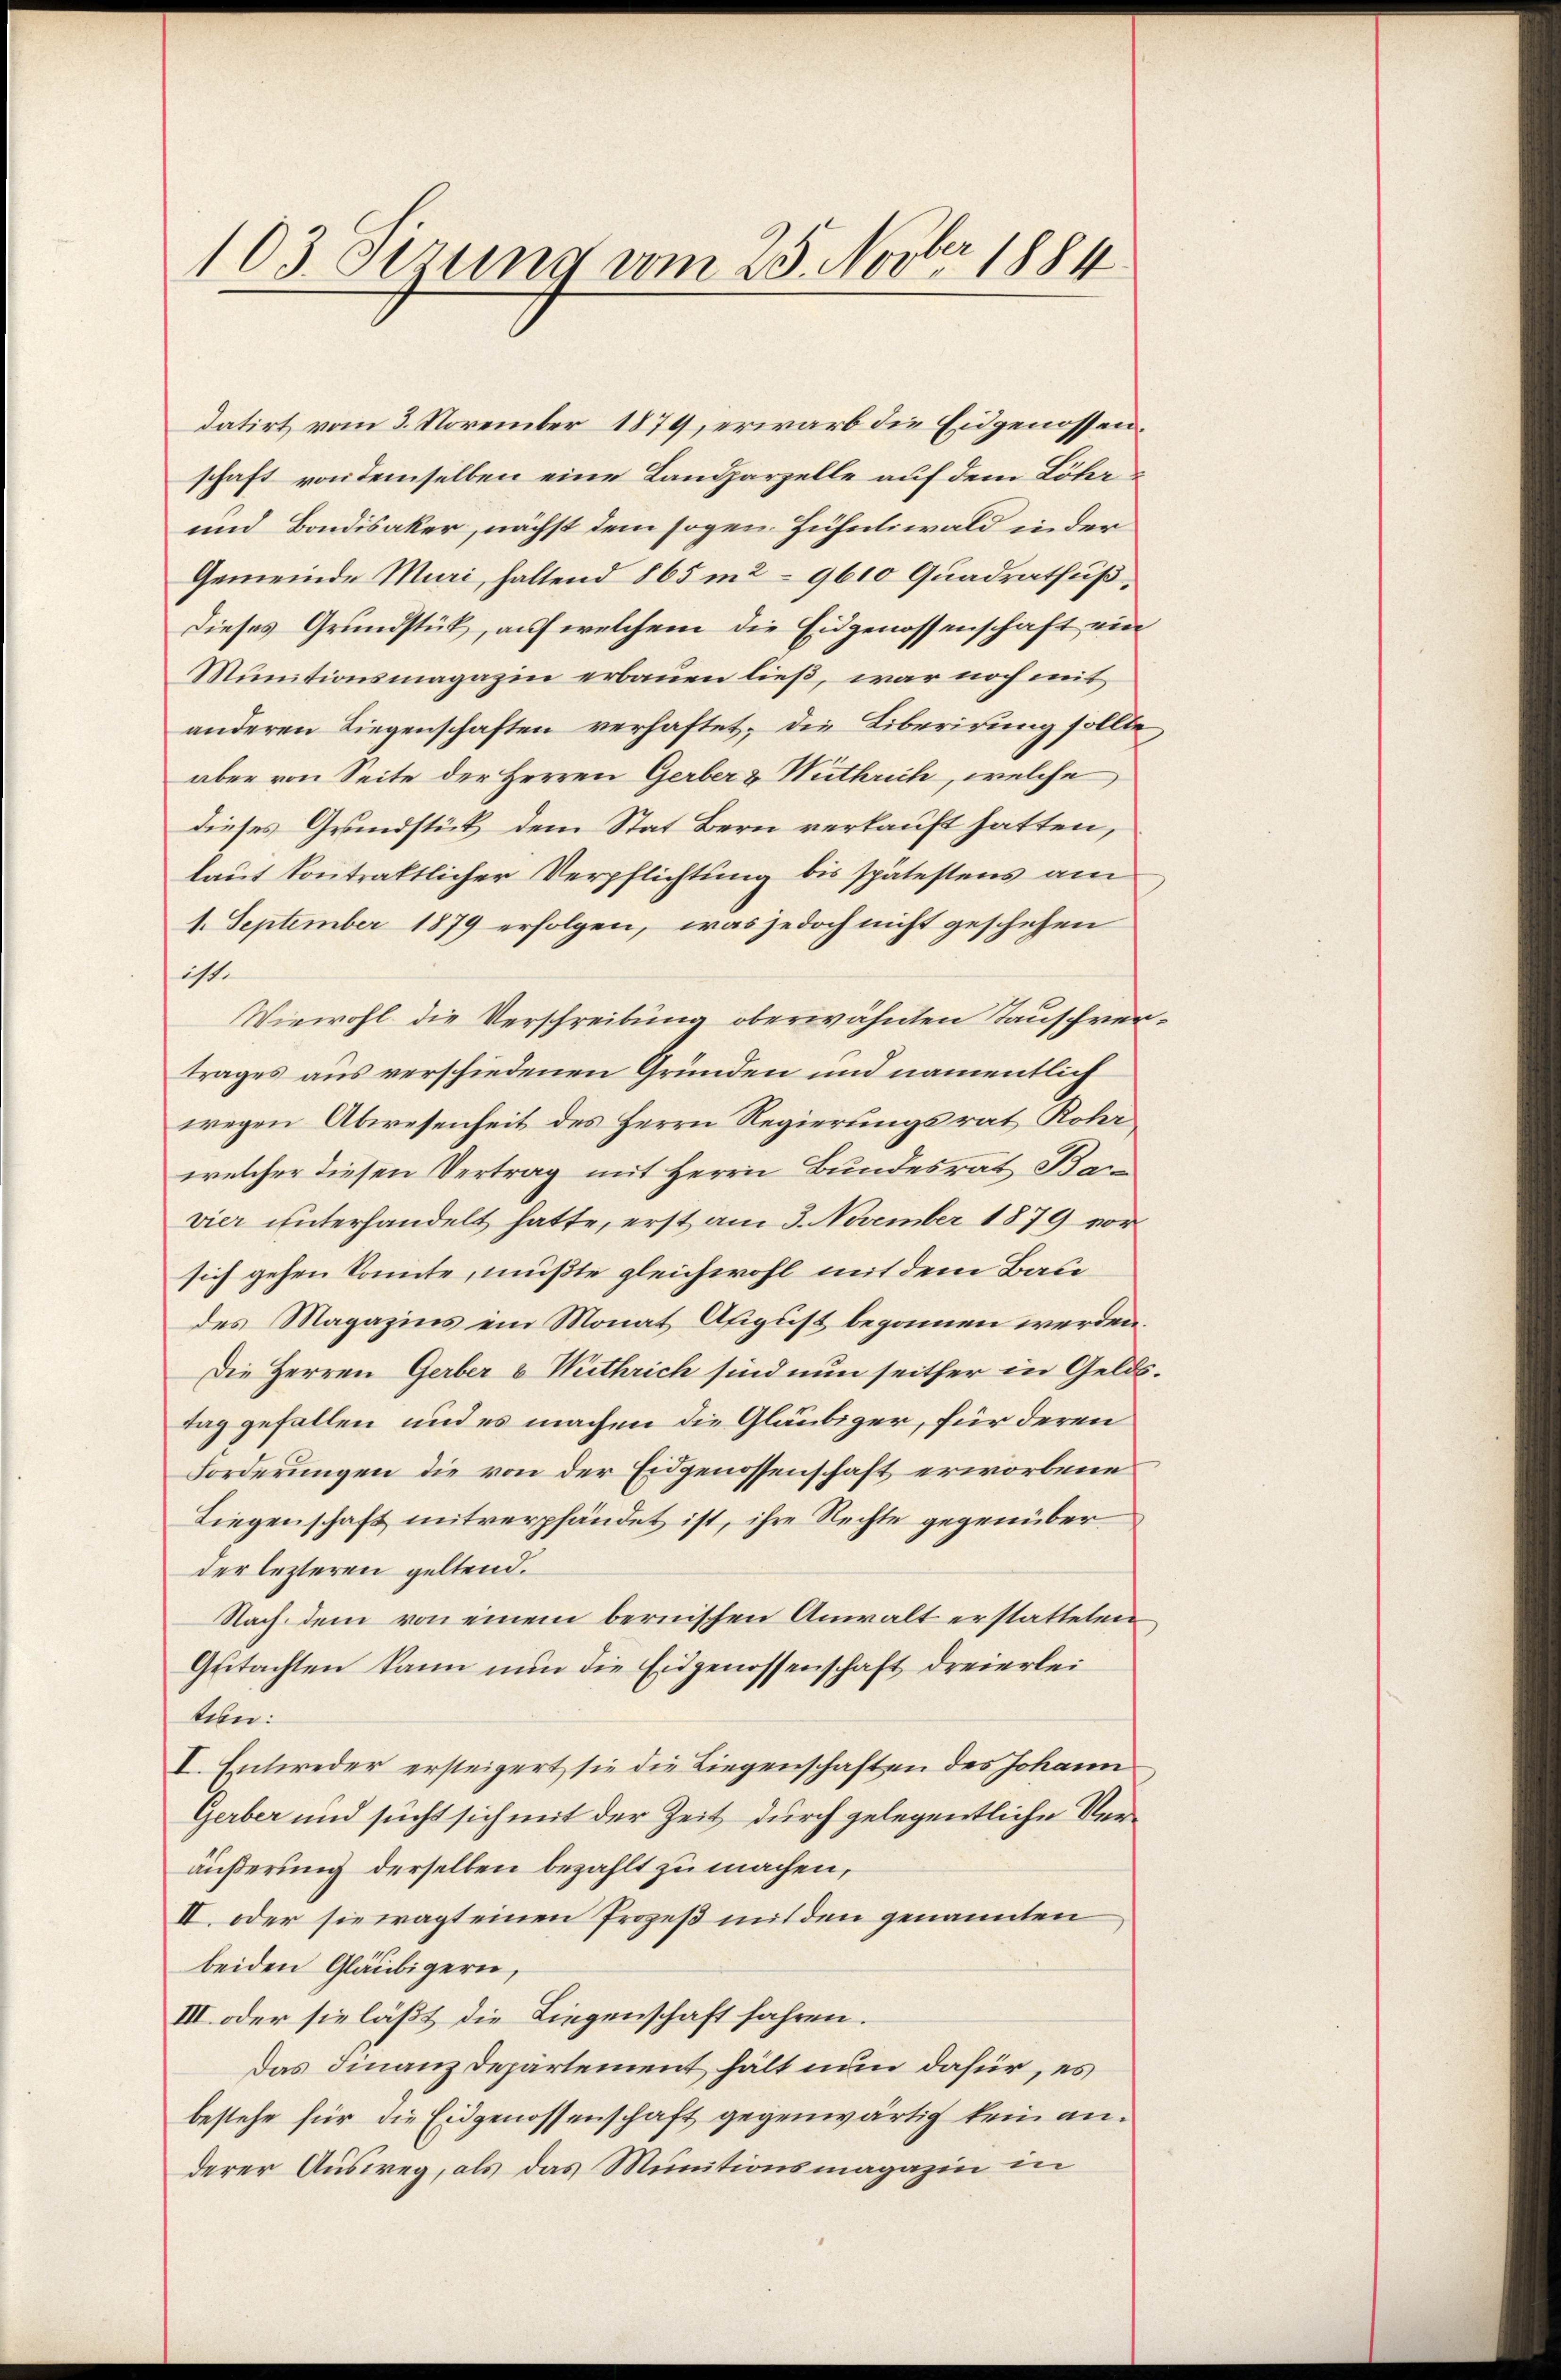
103. Stzung vom 25. Novbr. 1884.

datirt vom 3. November 1879, erwarb die Eidgenossenschaft von demselben eine Landparzelle auf dem Löber¬
und Bondisaker, nächst dem sogen Hühnliwald in der
Gemeinde Muri, haltend 865 m2–9610 Quadratfuß,
Dieses Grundstück, auf welchem die Eidgenossenschaft ein
Munitionsmagazin erbauen ließ, war noch mit
anderen Liegenschaften verhaftet; die Liberirung sollte
aber von Seite der Herren Gerber & Mithrich, welche
dieses Grundstück dem Stat Bern verkauft hatten,
laut kontrattlicher Verpflichtung bis spätestens am
1. September 1879 erfolgen, was jedoch nicht geschehen
is.
Wiewohl die Verschreibung oberwähnten Tauschver
trages aus verschiedenen Gründen und namentlich
wegen Abwesenheit des Herrn Regierungsrat Rohr
welcher diesen Vertrag mit Herrn Bundesrat Bar
vier unterhandelt hatte, erst am 3. November 1879 vor
sich gehen Sonnte, müßte gleichwohl mit dem Baudes Magazins ein Monat August begonnen werden.
Die Herren Gerber 6 Wuthrich sind nun seither in Gelds
tag gefallen und es machen die Gläubiger, für deren
Forderungen die von der Eidgenossenschaft erworbene
Liegenschaft mitverpfändet ist, ihre Rechte gegenüber
der lezteren geltend.
Nach dem von einem bernischen Anwalt erstatteten,
Gutachten kann nun die Eidgenossenschaft dreierleitun:
I. Entweder ersteigert sie die Liegenschaften des Johann
Gerber und sucht sich mit der Zeit durch gelegentliche Veräußerung derselben bezahlt zu machen,
II. oder sie wagt einen Prozeß mit den genannten
beiden Gläubigern,
III oder sie läßt die Liegenschaft fahren.
Das Finanzdepartement hält nun dafür, es
bestehe für die Eidgenossenschaft gegenwärtig kein anderer Ausweg, als das Munitionsmagazin in

e